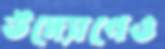
উদ্যোগেও